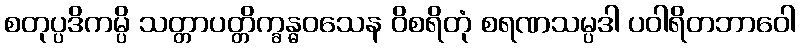
စတုပ္ပဒိကမ္ပိ သတ္တာပတ္တိက္ခန္ဓဝသေန ဝိစရိတုံ စရဏသမ္ပဒါ ပဝါရိတဘာဝေါ